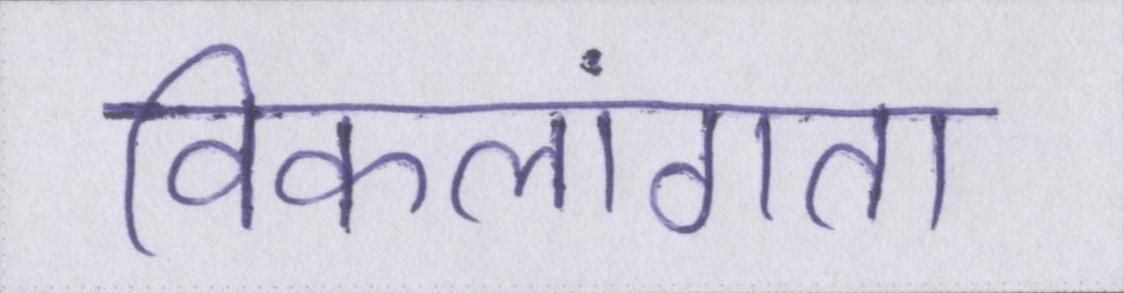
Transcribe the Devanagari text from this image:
विकलांगता